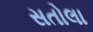
સતોલા